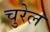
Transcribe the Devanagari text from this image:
चुरेल